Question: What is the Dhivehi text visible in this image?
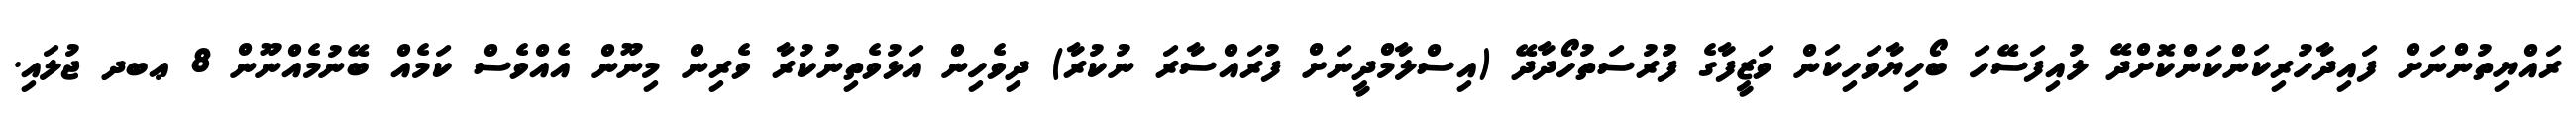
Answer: ރައްޔިތުންނަށް ފައިދާހުރިކަންކަންކޮށްދޭ ލުއިފަސޭހަ ބޯހިޔާވަހިކަން ވަޒީފާގެ ފުރުސަތުހޯދާދޭ (އިސްލާމްދީނަށް ފުރައްސާރަ ނުކުރާ) ދިވެހިން އަޅުވެތިނުކުރާ ވެރިން މިނޫން އެއްވެސް ކަމެއް ބޭނުމެއްނޫން 8 ޢބދ ޖުލައި.